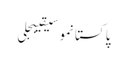
پاکستانموسیقیبجلی